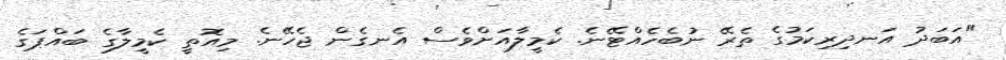
"އަބަދު އަނދިރިކަމުގެ ތެރޭ ނުބެހެއްޓޭނެ. ކެމީލާއަށްވެސް އެނގެން ޖެހޭނެ. މިއޮތީ ކެމީލާގެ ބައްޕަގެ